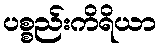
ပစ္စည်းကိရိယာ